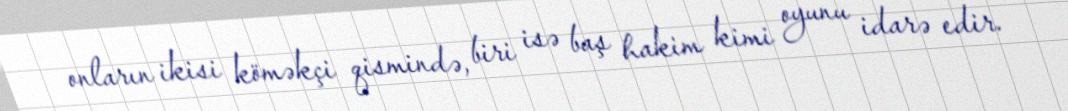
onların ikisi köməkçi qismində, biri isə baş hakim kimi oyunu idarə edir.